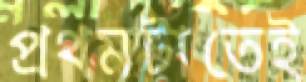
প্রথমটাতেই